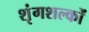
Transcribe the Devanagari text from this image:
शृंगशल्कों